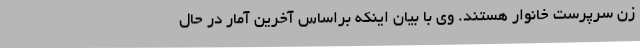
زن سرپرست خانوار هستند. وی با بیان اینکه براساس آخرین آمار در حال